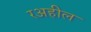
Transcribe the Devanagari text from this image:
रअहील